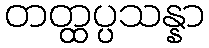
တတ္ထပ္ပသန္နာ